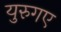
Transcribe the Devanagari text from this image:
युरुगए